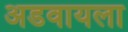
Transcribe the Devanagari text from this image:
अडवायला